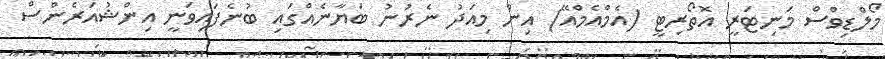
މޯލްޑިވްސް މަނިޓަރީ އޮތޯރިޓީ (އެމްއެމްއޭ) އިން މިއަދު ނެރުނު ބަޔާނެއްގައި ބުނެފައިވަނީ އިންޝުއަރެންސް